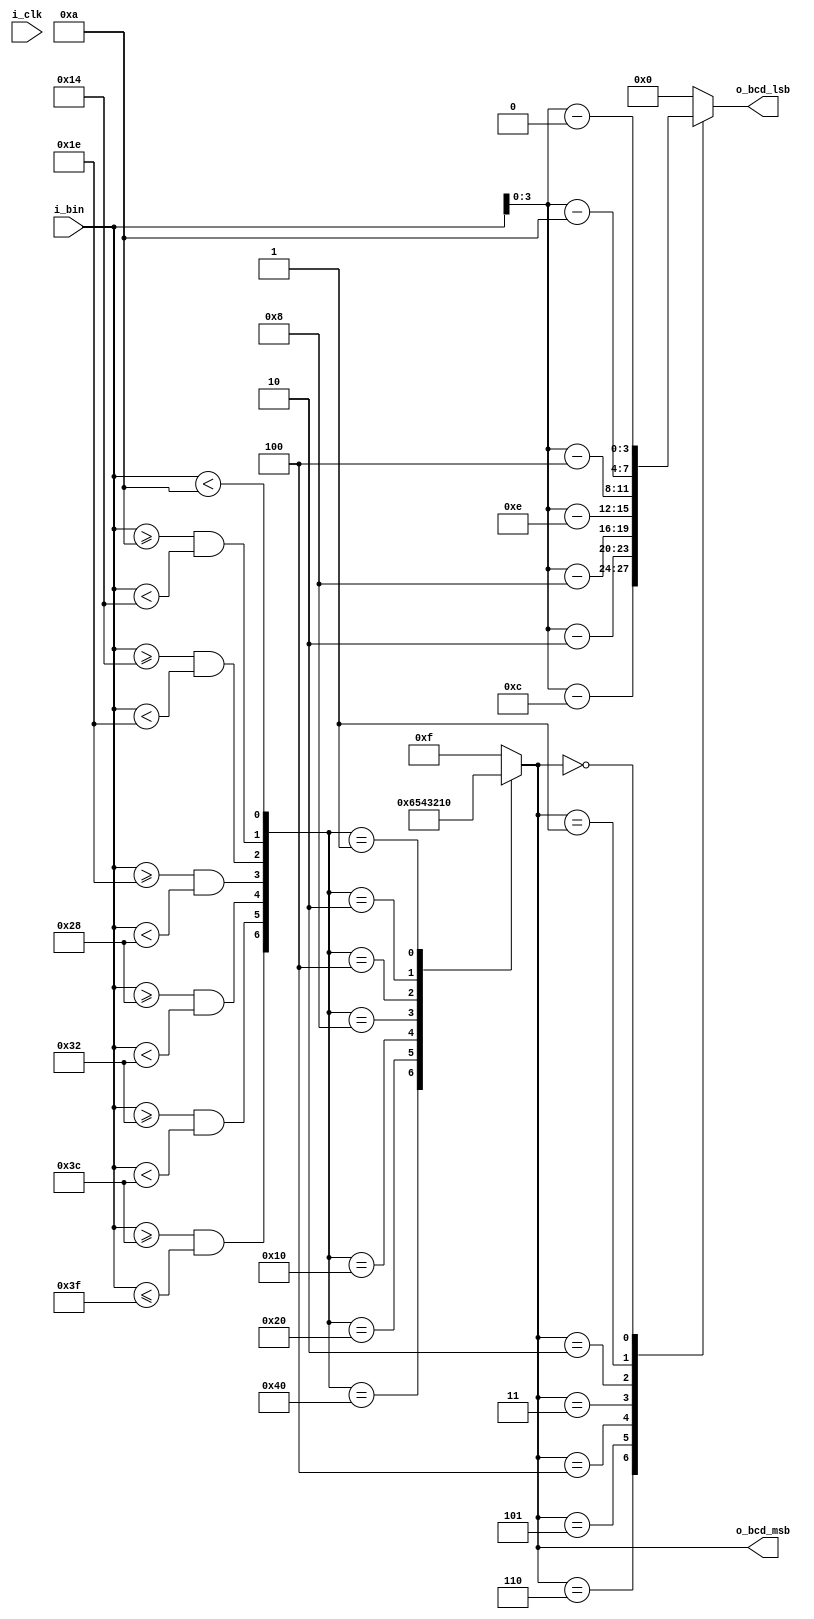
/*
 * bin_to_bcd.v
 * convert a 6-bit binary value to two 4-bit BCD values 
 */

`timescale 1ns / 1ns
`default_nettype none

module bin_to_bcd (
    i_clk,
    i_bin,
    o_bcd_lsb,
    o_bcd_msb
);

/* verilator lint_off UNUSED */
input  wire       i_clk;
/* verilator lint_on  UNUSED */
input  wire [5:0] i_bin;
output wire [3:0] o_bcd_lsb;
output wire [3:0] o_bcd_msb;

// our input is in the range [0, 63] meaning, we have 7 possible outputs for
// the msb
wire msb_0 =                     (i_bin < 6'd10);
wire msb_1 = (i_bin >= 6'd10) && (i_bin < 6'd20);
wire msb_2 = (i_bin >= 6'd20) && (i_bin < 6'd30);
wire msb_3 = (i_bin >= 6'd30) && (i_bin < 6'd40);
wire msb_4 = (i_bin >= 6'd40) && (i_bin < 6'd50);
wire msb_5 = (i_bin >= 6'd50) && (i_bin < 6'd60);
/* verilator lint_off CMPCONST */
wire msb_6 = (i_bin >= 6'd60) && (i_bin <= 6'd63);
/* verilator lint_on CMPCONST */

wire [6:0] msb_one_hot = {msb_6, msb_5, msb_4, msb_3, msb_2, msb_1, msb_0};
reg [3:0] bcd_msb;
/* verilator lint_off UNUSED */
reg [5:0] bcd_lsb;
/* verilator lint_on  UNUSED */


always @(*) begin
   case(msb_one_hot)
       7'h40: bcd_msb   = 4'd6;
       7'h20: bcd_msb   = 4'd5;
       7'h10: bcd_msb   = 4'd4;
       7'h08: bcd_msb   = 4'd3;
       7'h04: bcd_msb   = 4'd2;
       7'h02: bcd_msb   = 4'd1;
       7'h01: bcd_msb   = 4'd0;
       default: bcd_msb = 4'hF;
   endcase
end

always @(*) begin
   case(bcd_msb)
       4'h6: bcd_lsb    = i_bin - 6'd60;
       4'h5: bcd_lsb    = i_bin - 6'd50;
       4'h4: bcd_lsb    = i_bin - 6'd40;
       4'h3: bcd_lsb    = i_bin - 6'd30;
       4'h2: bcd_lsb    = i_bin - 6'd20;
       4'h1: bcd_lsb    = i_bin - 6'd10;
       4'h0: bcd_lsb    = i_bin - 6'd00;
       default: bcd_lsb = 6'h0;
   endcase
end

assign o_bcd_msb = bcd_msb;
assign o_bcd_lsb = bcd_lsb[3:0];
endmodule